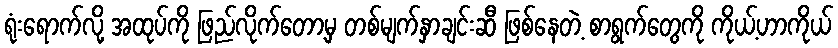
ရုံးရောက်လို့ အထုပ်ကို ဖြည်လိုက်တော့မှ တစ်မျက်နှာချင်းဆီ ဖြစ်နေတဲ့ စာရွက်တွေကို ကိုယ့်ဟာကိုယ်